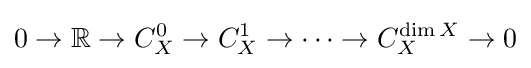
0\to \mathbb {R} \to C_{X}^{0}\to C_{X}^{1}\to \cdots \to C_{X}^{\dim X}\to 0